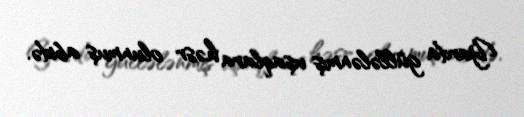
Yarda güllələnmiş uşaqlara həsr olunmuş abidə.